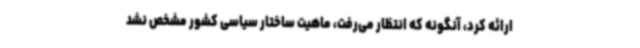
ارائه کرد، آنگونه که انتظار می‌رفت، ماهیت ساختار سیاسی کشور مشخص نشد